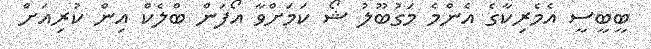
ބީބީސީ އެމެރިކާގެ އެންމެ މަގުބޫލު ޝޯ ކަމަށްވާ އޯފަން ބްލެކް އިން ކުރިއަށް